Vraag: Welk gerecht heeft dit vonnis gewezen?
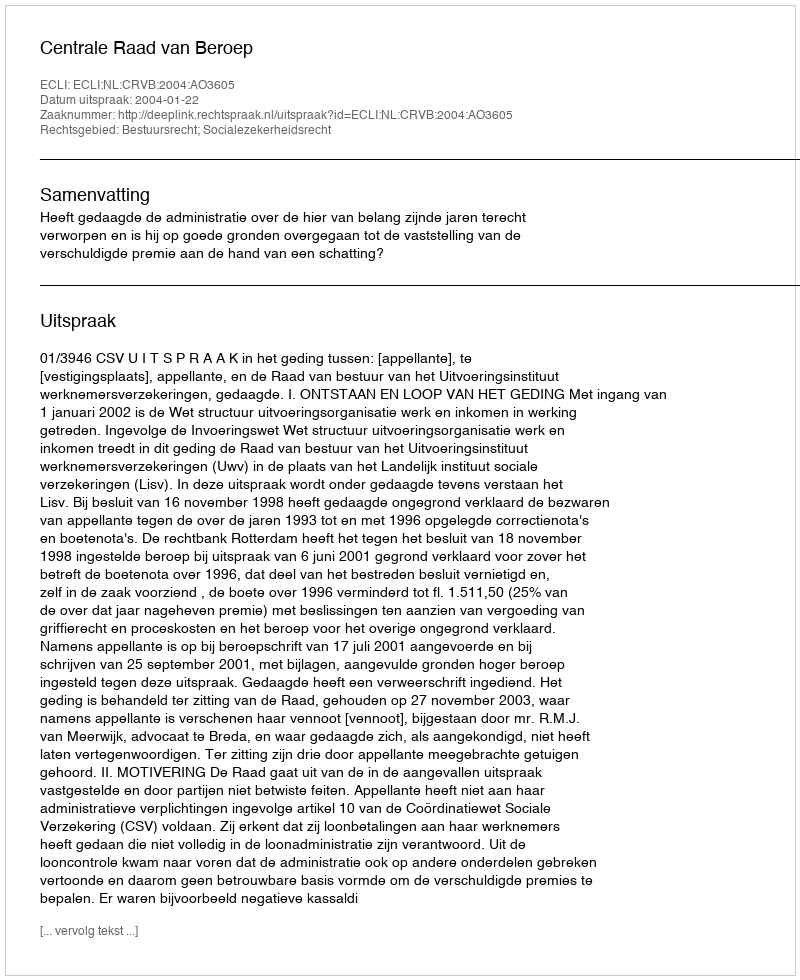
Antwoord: Centrale Raad van Beroep